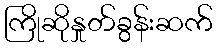
ကြိုဆိုနှုတ်ခွန်းဆက်